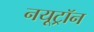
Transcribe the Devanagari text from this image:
नयूट्रॉन